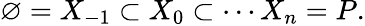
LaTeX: \varnothing=X_{-1}\subset X_{0}\subset\cdots X_{n}=P.